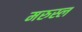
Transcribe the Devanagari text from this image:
मरुस्ल